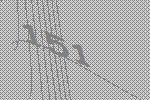
151